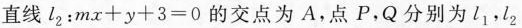
直线l_{2}：$$m x + y + 3 = 0$$ 的交点为A，点P，Q分别为l_{1}，l_{2}